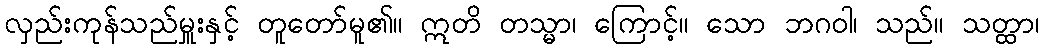
လှည်းကုန်သည်မှူးနှင့် တူတော်မူ၏။ ဣတိ တသ္မာ၊ ကြောင့်။ သော ဘဂဝါ၊ သည်။ သတ္ထာ၊